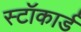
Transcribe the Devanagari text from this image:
स्टॉकार्ड